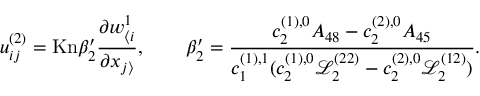
u _ { i j } ^ { ( 2 ) } = \mathrm { K n } \beta _ { 2 } ^ { \prime } \frac { \partial w _ { \langle i } ^ { 1 } } { \partial x _ { j \rangle } } , \qquad \beta _ { 2 } ^ { \prime } = \frac { c _ { 2 } ^ { ( 1 ) , 0 } A _ { 4 8 } - c _ { 2 } ^ { ( 2 ) , 0 } A _ { 4 5 } } { c _ { 1 } ^ { ( 1 ) , 1 } ( c _ { 2 } ^ { ( 1 ) , 0 } \mathscr { L } _ { 2 } ^ { ( 2 2 ) } - c _ { 2 } ^ { ( 2 ) , 0 } \mathscr { L } _ { 2 } ^ { ( 1 2 ) } ) } .